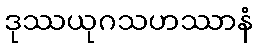
ဒုဿယုဂသဟဿာနံ